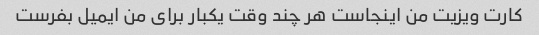
کارت ویزیت من اینجاست هر چند وقت یکبار برای من ایمیل بفرست